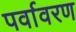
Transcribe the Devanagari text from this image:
पर्वावरण